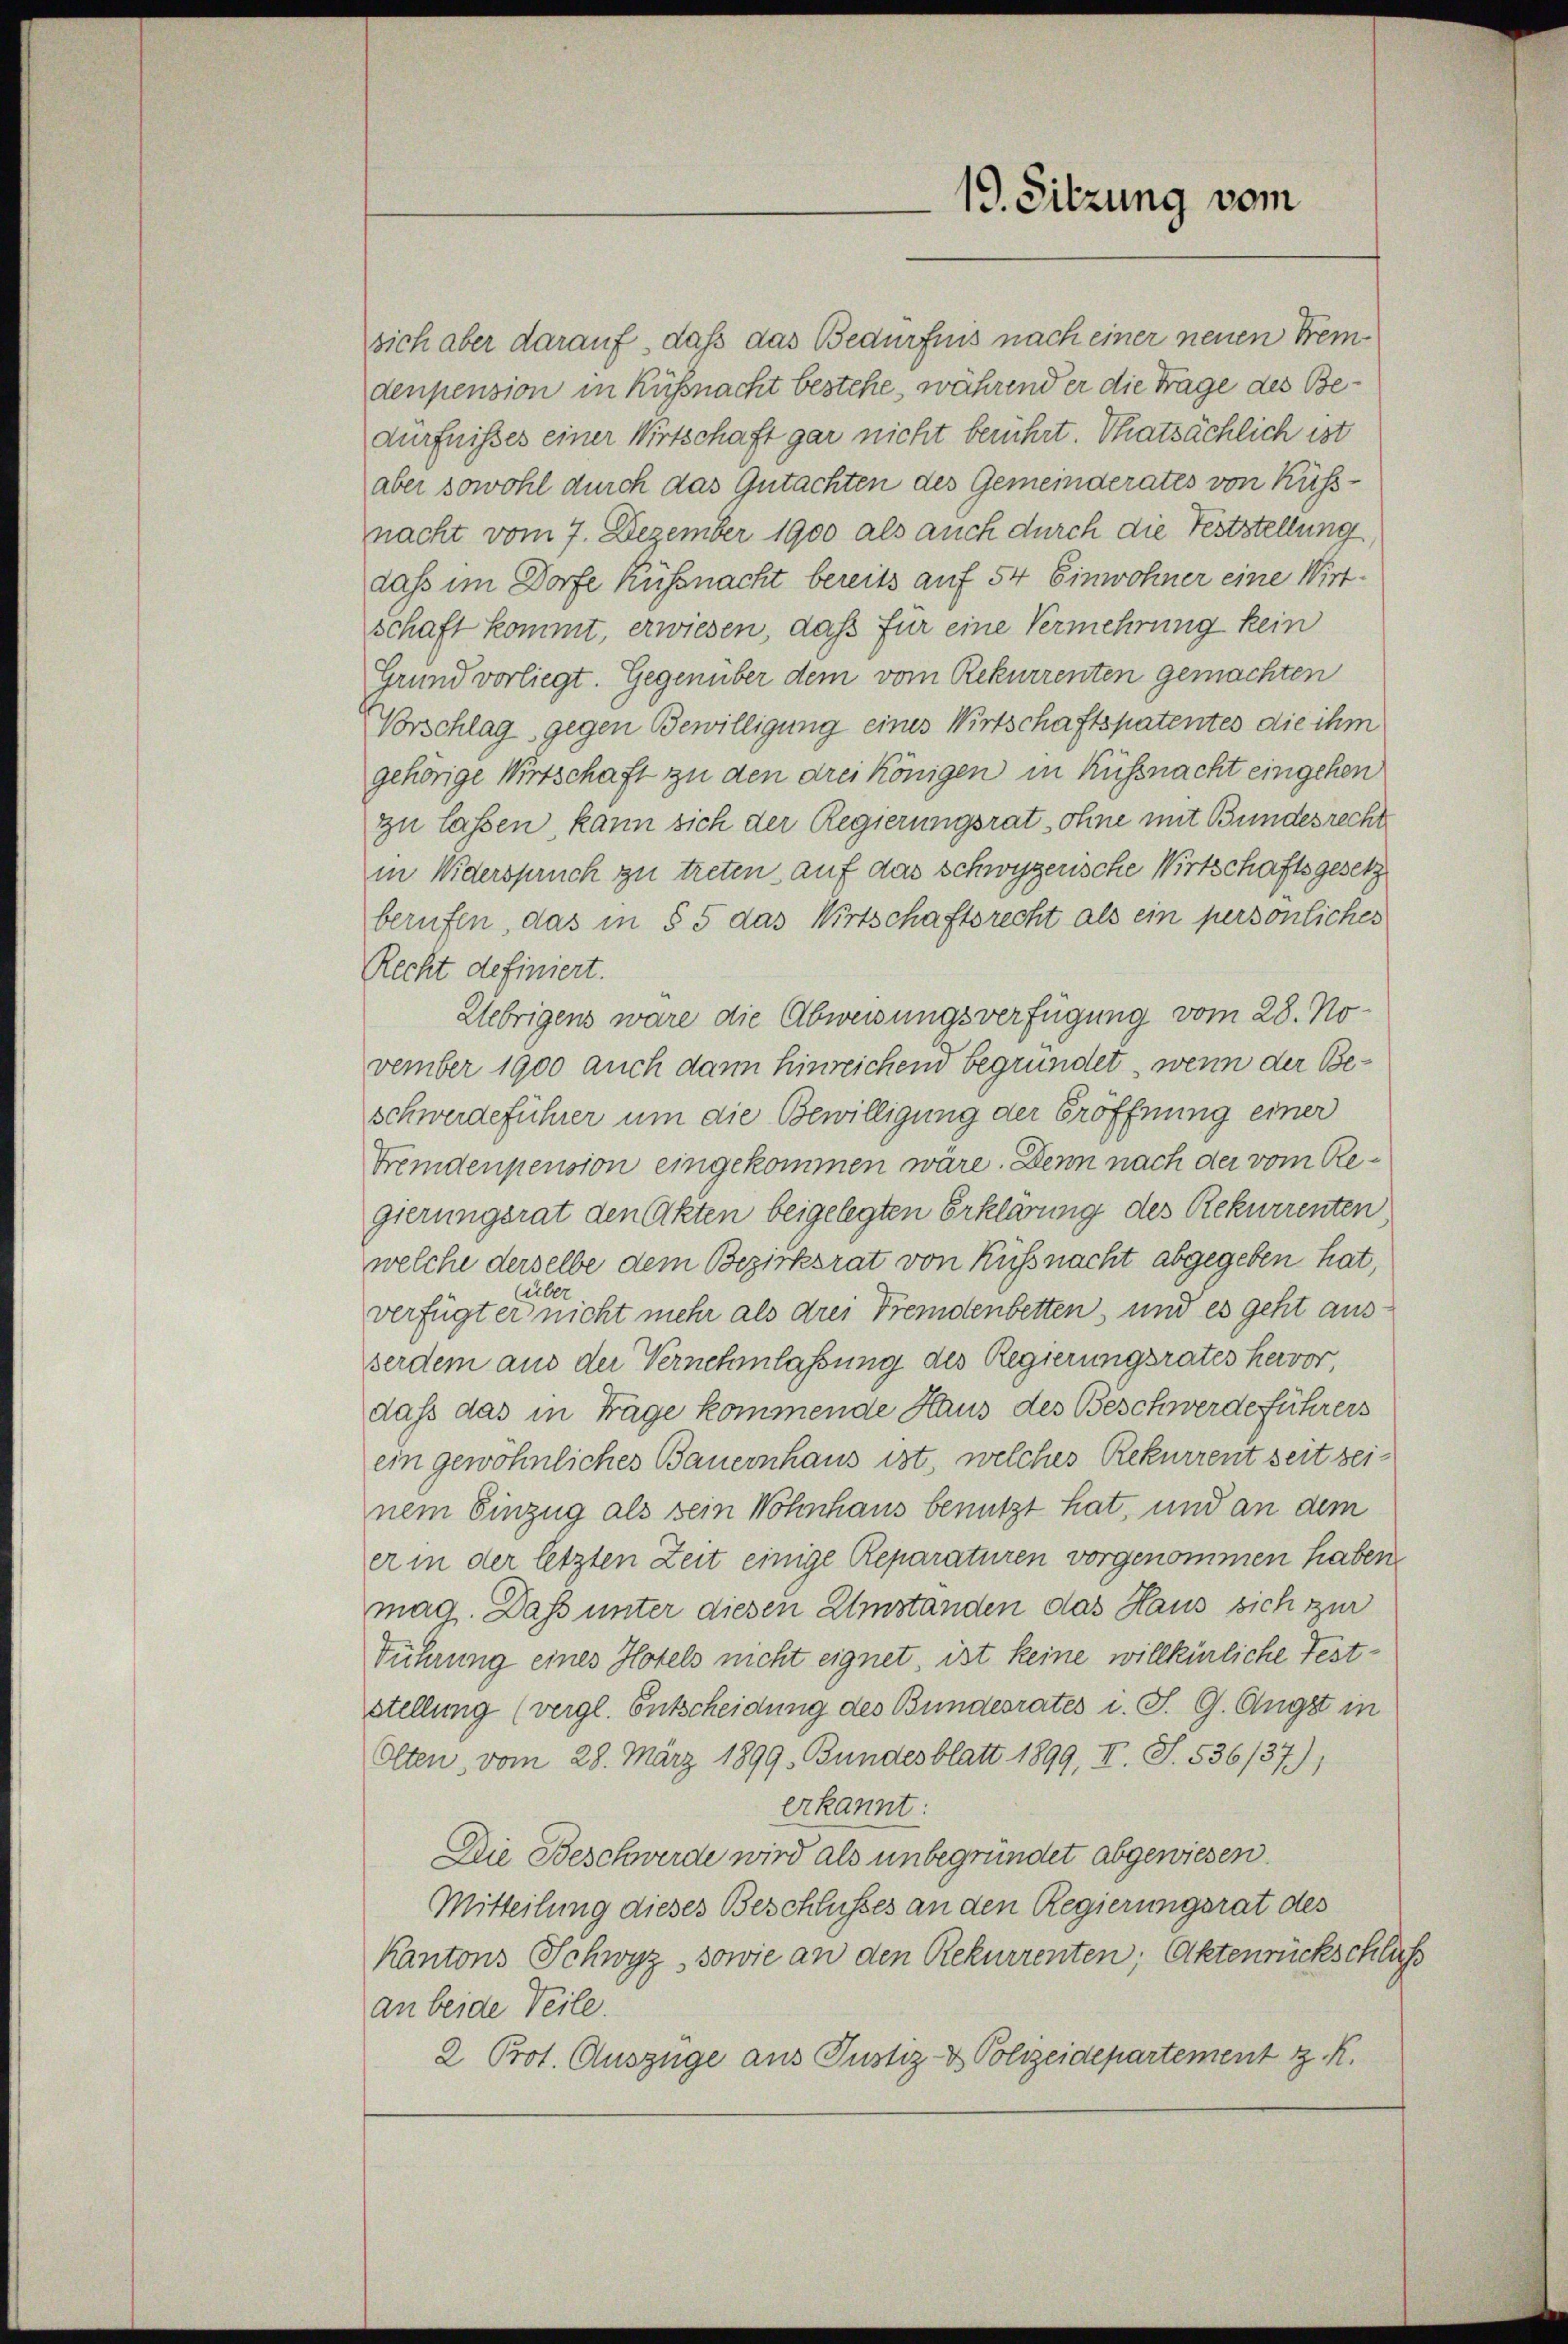
sich aber darauf, daß das Bedürfnis nach einer neuen Fremdenpension in Küßnacht bestehe, während er die Trage des Bedürfnißes einer Wirtschaft gar nicht berührt. Thatsächlich ist
aber sowohl durch das Gutachten des Gemeinderates von Küssnacht vom 7. Dezember 1900 als auch durch die Feststellung
dass im Dorfe Küssnacht bereits auf 54 Einwohner eine Wirt-
schaft kommt, erwiesen, daß für eine Vermehrung kein
Grund vorliegt. Gegenüber dem vom Rekurrenten gemachten
Vorschlag gegen Bewilligung eines Wirtschaftspatentes die ihm
gehörige Wirtschaft zu den drei Königen in Küßnacht eingehen
zu lassen, kann sich der Regierungsrat ohne mit Bundesrecht
in Widerspruch zu treten auf das Schwyzerische Wirtschaftsgesetz
berufen, das in § 5 das Wirtschaftsrecht als ein persönliches
Recht definiert.
Uebrigens wäre die Abweisungsverfügung vom 28. November 1900 auch dann hinreichend begründet, wenn der Beschwerdeführer um die Bewilligung der Eröffnung einer
Fremdenpension eingekommen wäre. Denn nach der vom Regierungsrat den Akten beigelegten Erklärung des Rekurrenten
welche derselbe dem Bezirksrat von Küssnacht abgegeben hat,
(über
verfügt er nicht mehr als drei Fremdenbetten, und es geht ausserdem aus der Vernehmlassung des Regierungsrates hervor,
daß das in Träge kommende Haus des Beschwerde führers
ein gewöhnliches Bauernhaus ist, welches Rekurrent seit seinem Einzug als sein Wohnhaus benutzt hat, und an dem
er in der letzten Zeit einige Reparaturen vorgenommen haben,
mag. Dass unter diesen Umständen das Haus sich zur
Führung eines Hotels nicht eignet, ist keine willkürliche Feststellung (vergl. Entscheidung des Bundesrates i. S. G. Angst in
Olten, vom 28. März 1899. Bundesblatt 1899, II. S. 536/37);
erkannt:
Die Beschwerde wird als unbegründet abgewiesen.
Mitteilung dieses Beschlusses an den Regierungsrat des
Kantons Schwyz, sowie an den Rekurrenten; Aktenrückschluß
an beide Teile.
2 Prot. Auszüge aus Justiz- & Polizeidepartement z. R.

19. Sitzung vom